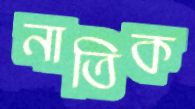
নাতিক